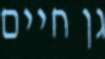
גן חיים